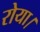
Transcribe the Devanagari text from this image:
रोया।